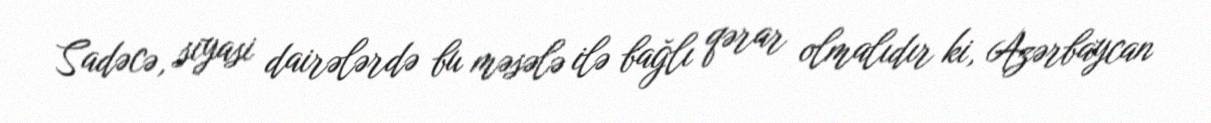
Sadəcə, siyasi dairələrdə bu məsələ ilə bağlı qərar olmalıdır ki, Azərbaycan